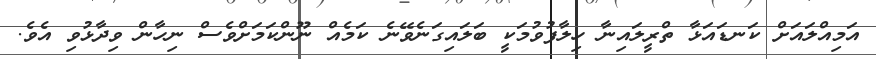
އަމިއްލައަށް ކަނޑައަޅާ ތްރީލައިނާ ހިލާފުވުމަކީ ބަލައިގަނެވޭނެ ކަމެއް ނޫންކަމަށްވެސް ނިހާން ވިދާޅުވި އެވެ.